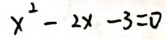
x ^ { 2 } - 2 x - 3 = 0